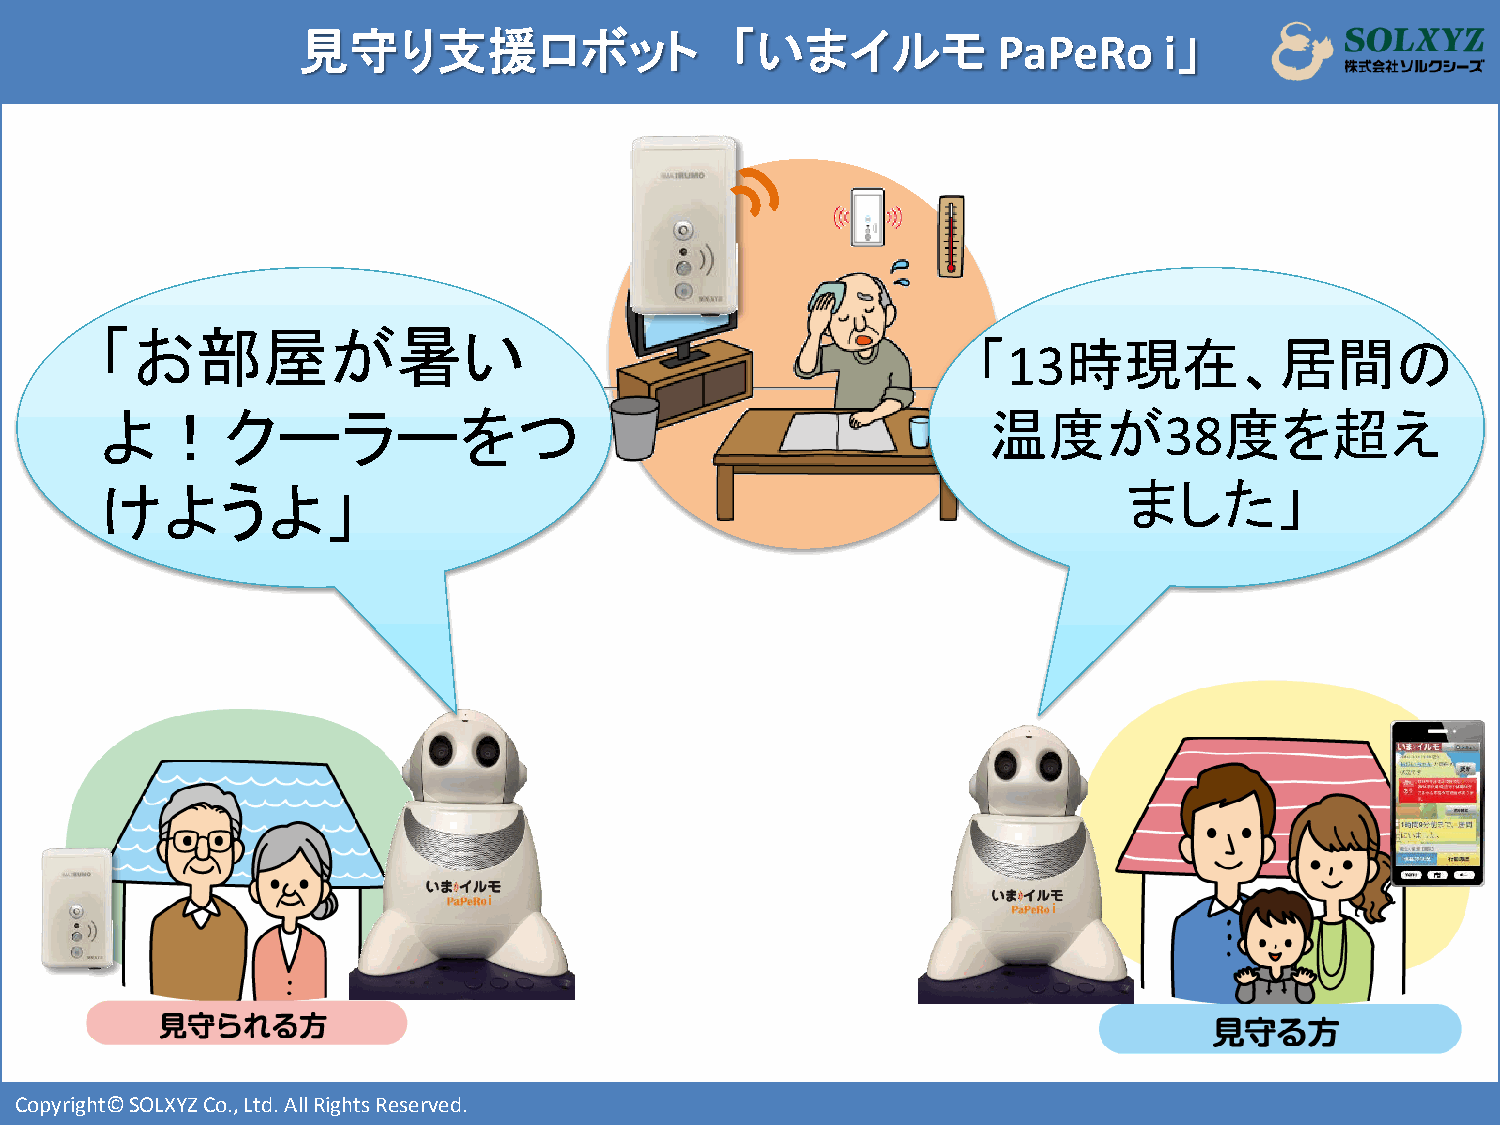
見守り支援ロボット                   「いまイルモ            PaPeRo     i」
 「お部屋が暑い
 「     時現在、居間の
 13
 よ！クーラーをつ                                                   温度が            度を超え
 38
 けようよ」                                                               ました」
 i
 i
 Copyright© SOLXYZ Co., Ltd. All Rights Reserved.